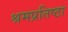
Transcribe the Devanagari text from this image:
श्रमप्रतिष्ठा